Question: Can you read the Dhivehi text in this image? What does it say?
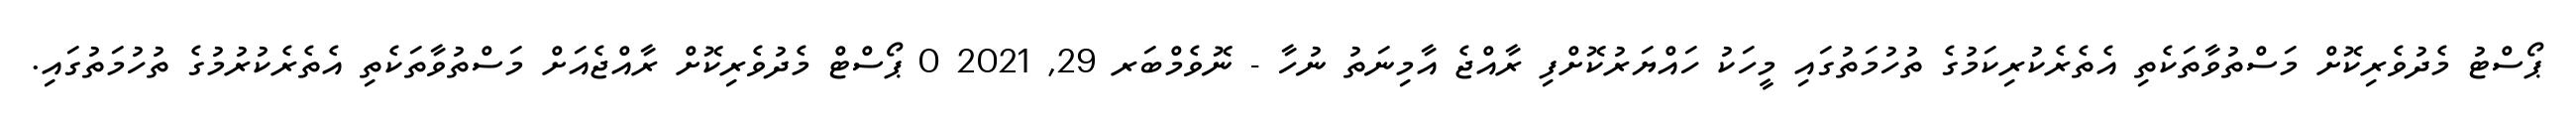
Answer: ޕޯސްޓު މެދުވެރިކޮށް މަސްތުވާތަކެތި އެތެރެކުރިކަމުގެ ތުހުމަތުގައި މީހަކު ހައްޔަރުކޮށްފި ރާއްޖެ އާމިނަތު ނުހާ - ނޮވެމްބަރ 29, 2021 0 ޕޯސްޓް މެދުވެރިކޮށް ރާއްޖެއަށް މަސްތުވާތަކެތި އެތެރެކުރުމުގެ ތުހުމަތުގައި.